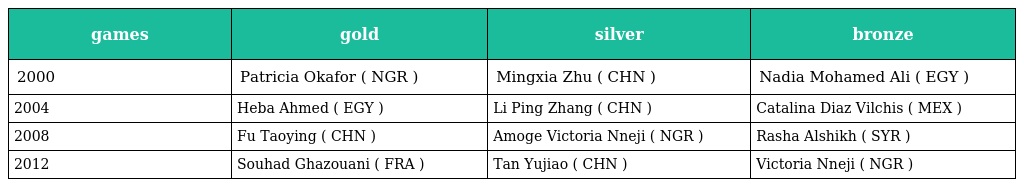
| games | gold | silver | bronze |
 | --- | --- | --- | --- |
 | 2000 | Patricia Okafor ( NGR ) | Mingxia Zhu ( CHN ) | Nadia Mohamed Ali ( EGY ) |
 | 2004 | Heba Ahmed ( EGY ) | Li Ping Zhang ( CHN ) | Catalina Diaz Vilchis ( MEX ) |
 | 2008 | Fu Taoying ( CHN ) | Amoge Victoria Nneji ( NGR ) | Rasha Alshikh ( SYR ) |
 | 2012 | Souhad Ghazouani ( FRA ) | Tan Yujiao ( CHN ) | Victoria Nneji ( NGR ) |